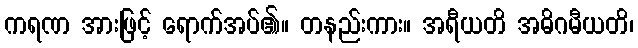
ကရဏ အားဖြင့် ရောက်အပ်၏။ တနည်းကား။ အရီယတိ အဓိဂမီယတိ၊